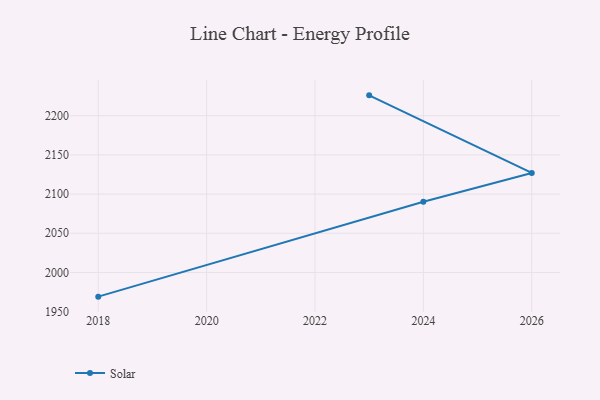
{"axis": {"x": "Year", "y": "Customer Acquisition Cost (USD)"}, "legend": ["Solar"], "data": [{"x": "2018", "y": 1969.1, "type": "Solar"}, {"x": "2024", "y": 2090.2, "type": "Solar"}, {"x": "2026", "y": 2127.0, "type": "Solar"}, {"x": "2023", "y": 2226.0, "type": "Solar"}]}